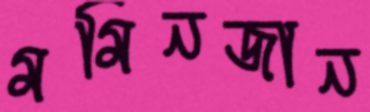
মমিনজান